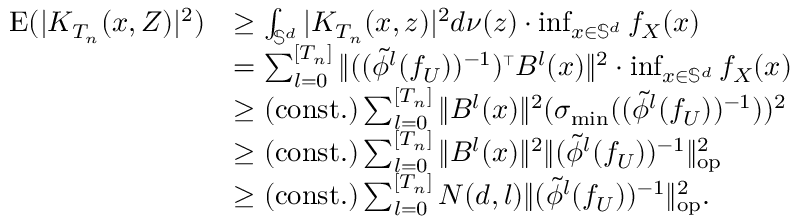
\begin{array} { r l } { \mathrm { E } ( | K _ { T _ { n } } ( x , Z ) | ^ { 2 } ) } & { \geq \int _ { \mathbb { S } ^ { d } } | K _ { T _ { n } } ( x , z ) | ^ { 2 } d \nu ( z ) \cdot \operatorname* { i n f } _ { x \in \mathbb { S } ^ { d } } f _ { X } ( x ) } \\ & { = \sum _ { l = 0 } ^ { [ T _ { n } ] } \| ( ( \tilde { \phi } ^ { l } ( f _ { U } ) ) ^ { - 1 } ) ^ { \mathstrut \scriptscriptstyle { \top } } B ^ { l } ( x ) \| ^ { 2 } \cdot \operatorname* { i n f } _ { x \in \mathbb { S } ^ { d } } f _ { X } ( x ) } \\ & { \geq \mathrm { ( c o n s t . ) } \sum _ { l = 0 } ^ { [ T _ { n } ] } \| B ^ { l } ( x ) \| ^ { 2 } ( \sigma _ { \mathrm { m i n } } ( ( \tilde { \phi } ^ { l } ( f _ { U } ) ) ^ { - 1 } ) ) ^ { 2 } } \\ & { \geq \mathrm { ( c o n s t . ) } \sum _ { l = 0 } ^ { [ T _ { n } ] } \| B ^ { l } ( x ) \| ^ { 2 } \| ( \tilde { \phi } ^ { l } ( f _ { U } ) ) ^ { - 1 } \| _ { \mathrm { o p } } ^ { 2 } } \\ & { \geq \mathrm { ( c o n s t . ) } \sum _ { l = 0 } ^ { [ T _ { n } ] } N ( d , l ) \| ( \tilde { \phi } ^ { l } ( f _ { U } ) ) ^ { - 1 } \| _ { \mathrm { o p } } ^ { 2 } . } \end{array}